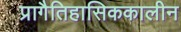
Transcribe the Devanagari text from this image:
प्रागैतिहासिककालीन